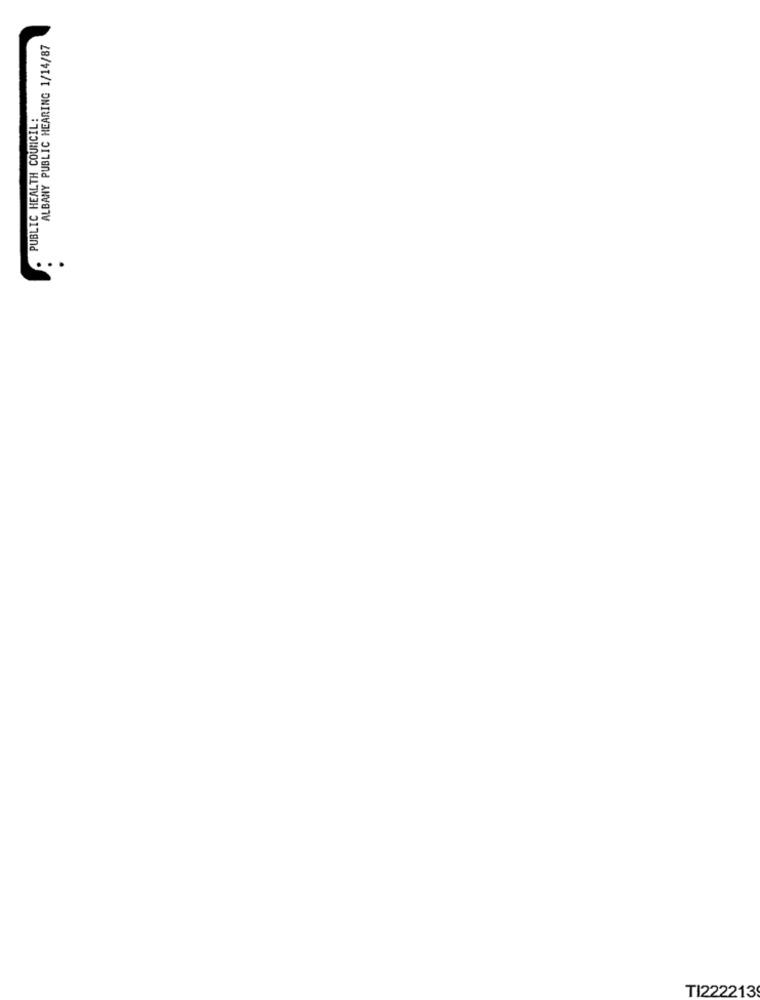
ALBANY PUBLIC HEARING 1/14/87
PUBLIC HEALTH COUNCIL:
...
TI222213